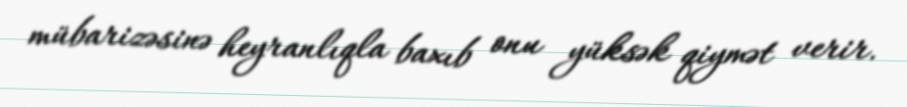
mübarizəsinə heyranlıqla baxıb onu yüksək qiymət verir.